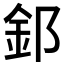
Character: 𫒉